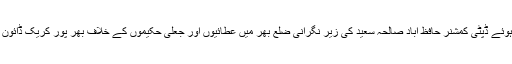
18 اپریل2018ء) چیف جسٹس آف پاکستان مسٹر جسٹس ثاقب نثار کے حکم پر عمل درآمد کرتے ہوئے ڈپٹی کمشنر حافظ آباد صالحہ سعید کی زیر نگرانی ضلع بھر میں عطائیوں اور جعلی حکیموں کے خلاف بھر پور کریک ڈائون جاری ہے جس کے نتیجہ میں ابتک کم و بیش 35جعلی کلینکس /دواخانے سیل کئے جا چکے ہیں ۔